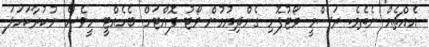
އެއްޗެއް ނެތެވެ. ރަސްމީ ވޯޓުފޮށި ގެންދިޔުމުން ވޯޓު ފޮއްޓަށް ބެހެއްޓީ ހީވެސް ނުކުރާކަހަލަ